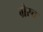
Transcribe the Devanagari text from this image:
ग्रेस्च